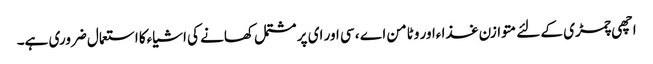
اچھی چمڑی کے لئے متوازن غذا ءاور وٹامن اے ، سی اور ای پر مشتمل کھانے کی اشیاءکا استعمال ضروری ہے۔